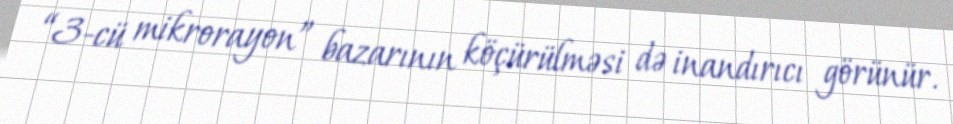
“3-cü mikrorayon” bazarının köçürülməsi də inandırıcı görünür.